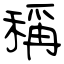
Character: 稱